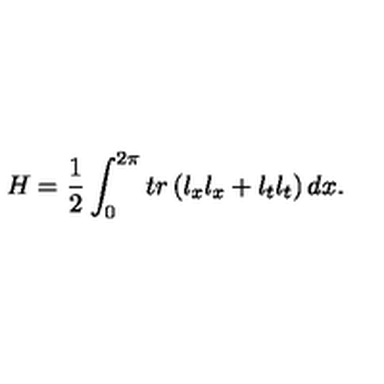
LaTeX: H = \frac 1 2 \int _ { 0 } ^ { 2 \pi } t r \left( l _ { x } l _ { x } + l _ { t } l _ { t } \right) d x .